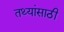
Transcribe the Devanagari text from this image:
तथ्यांसाठी